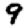
Digit: 9